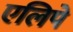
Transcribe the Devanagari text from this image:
एलिपे